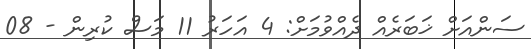
ސަންއަށް ޚަބަރެއް ދެއްވުމަށް: 4 އަހަރު 11 މަސް ކުރިން - 08